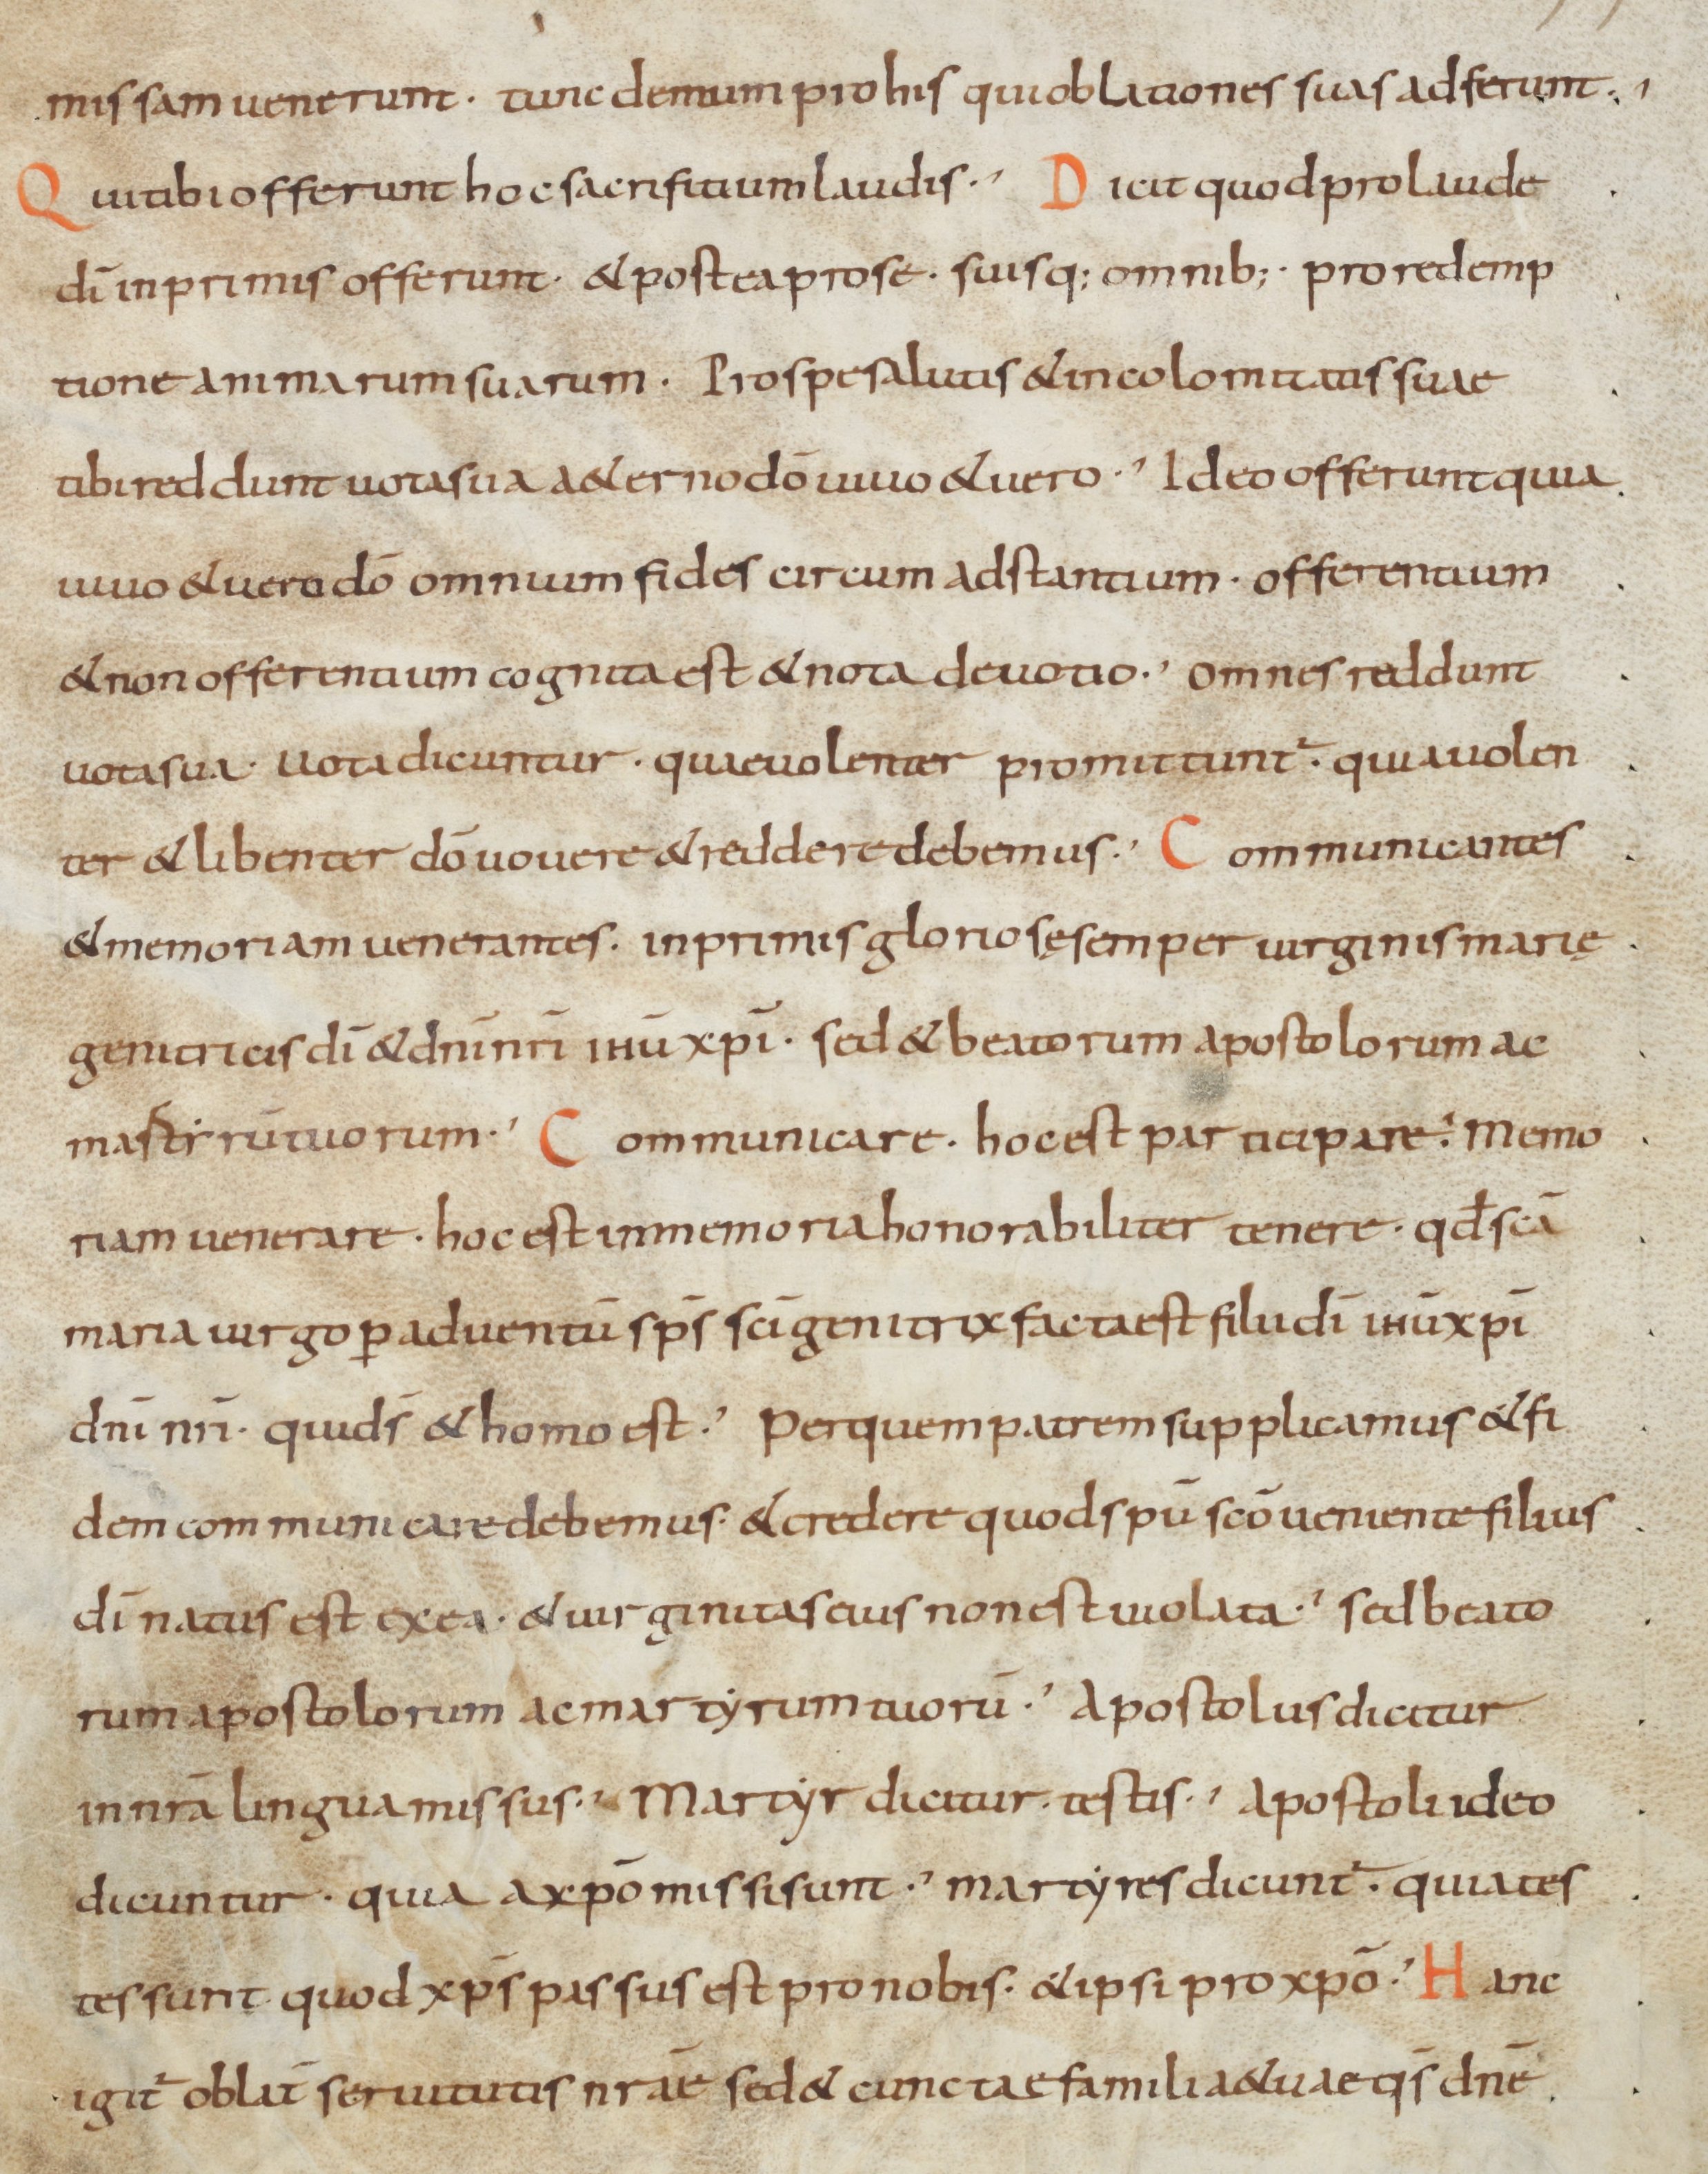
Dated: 900–999